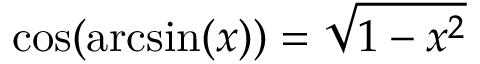
\cos ( \arcsin ( x ) ) = { \sqrt { 1 - x ^ { 2 } } }